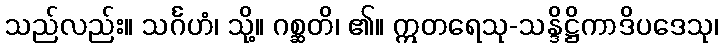
သည်လည်း။ သင်္ဂဟံ၊ သို့။ ဂစ္ဆတိ၊ ၏။ ဣတရေသု-သန္ဒိဋ္ဌိကာဒိပဒေသု၊